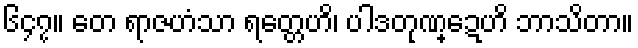
၆၄၇။ တေ ရာဇဟံသာ ရတ္တေဟိ၊ ပါဒတုဏ္ဍေဟိ ဘာသိတာ။